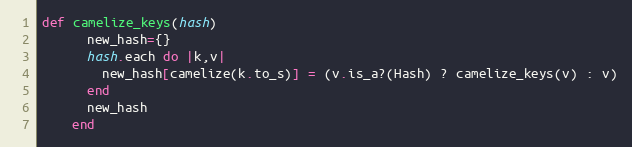
Language: Ruby
def camelize_keys(hash)
      new_hash={}
      hash.each do |k,v|
        new_hash[camelize(k.to_s)] = (v.is_a?(Hash) ? camelize_keys(v) : v)
      end
      new_hash
    end